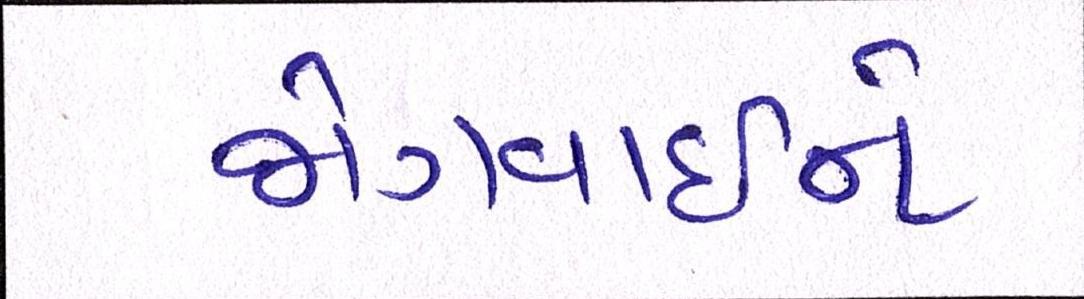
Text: જોગવાઈને